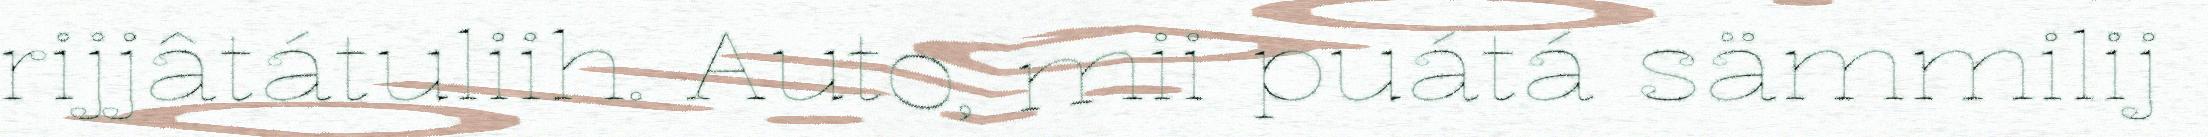
rijjâtátuliih. Auto, mii puátá sämmilij